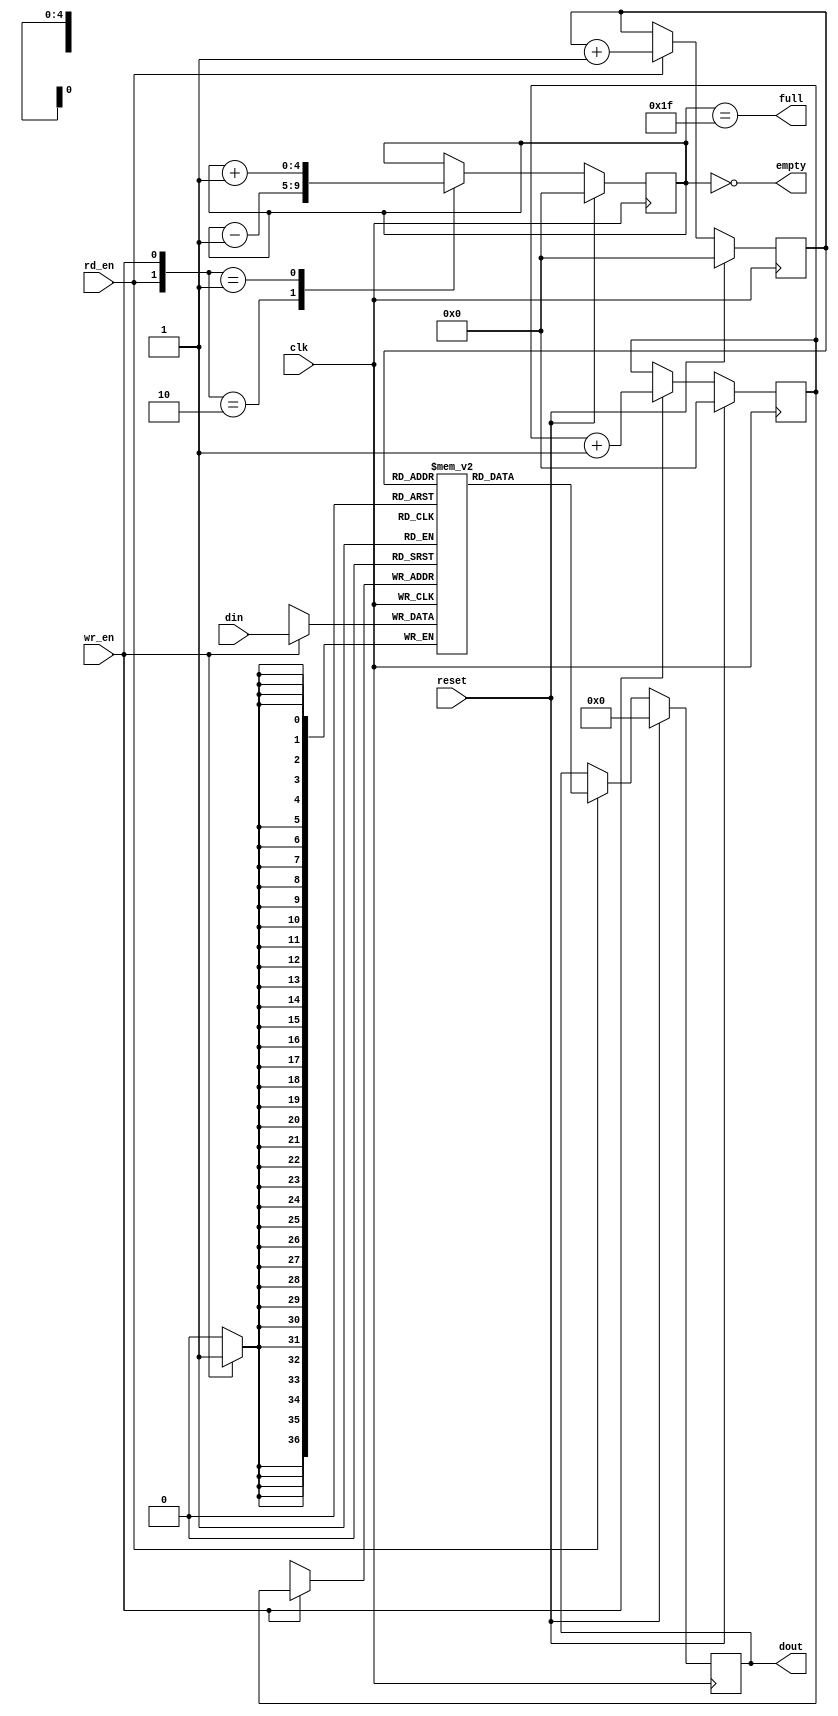
module sync_fifo
   #(
      parameter DATA_WIDTH = 37,
      parameter LOG2_DEPTH = 5 // i.e. fifo depth=2**LOG2_DEPTH
   )
   (
      input [DATA_WIDTH-1:0]  din,
      input wr_en,
      input rd_en,
      output reg [DATA_WIDTH-1:0] dout,
      output full,
      output empty,
      input clk,
      input reset
	  //output [LOG2_DEPTH-1 : 0] depth
   );

   parameter MAX_COUNT = 2**LOG2_DEPTH;
   reg   [LOG2_DEPTH-1 : 0]   rd_ptr;
   reg   [LOG2_DEPTH-1 : 0]   wr_ptr;
   reg   [DATA_WIDTH-1 : 0]   mem[MAX_COUNT-1 : 0];   //memory size: 2**LOG2_DEPTH
   reg   [LOG2_DEPTH-1 : 0]     depth_cnt;
   

   always @(posedge clk) begin
      if(reset) begin
         wr_ptr <= 'h0;
         rd_ptr <= 'h0;
      end // end if
      else begin
         if(wr_en)begin
            wr_ptr <= wr_ptr+1;
         end
         if(rd_en)
            rd_ptr <= rd_ptr+1;
      end //end else
   end//end always

   assign empty= (depth_cnt=='h0);
   assign full = (depth_cnt==MAX_COUNT-1);
   //assign depth = depth_cnt;

   //comment if you want a registered dout
   //assign dout = rd_en ? mem[rd_ptr]:'h0;
	//assign dout = mem[rd_ptr];
   always @(posedge clk) begin
      if (wr_en)
         mem[wr_ptr] <= din;
   end //end always

   //uncomment if you want a registered dout
   always @(posedge clk) begin
      if (reset)
         dout <= 'h0;
      else if (rd_en)
         dout <= mem[rd_ptr];
   end

   always @(posedge clk) begin
      if (reset)
         depth_cnt <= 'h0;
      else begin
         case({rd_en,wr_en})
            2'b10    :  depth_cnt <= depth_cnt-1;
            2'b01    :  depth_cnt <= depth_cnt+1;
         endcase
      end //end else
   end //end always

endmodule

/*
module sync_fifo
   #(
      parameter DATA_WIDTH = 37,
      parameter LOG2_DEPTH = 5 // i.e. fifo depth=2**LOG2_DEPTH
   )
   (
      input [DATA_WIDTH-1:0]  din,
      input wr_en,
      input rd_en,
      output reg [DATA_WIDTH-1:0] dout,
      output full,
      output empty,
      input clk,
      input reset
	  //output [LOG2_DEPTH-1 : 0] depth
   );

   parameter MAX_COUNT = 2**LOG2_DEPTH;
   reg   [LOG2_DEPTH-1 : 0]   rd_ptr;
   reg   [LOG2_DEPTH-1 : 0]   wr_ptr;
   reg   [DATA_WIDTH-1 : 0]   mem[MAX_COUNT-1 : 0];   //memory size: 2**LOG2_DEPTH
   reg   [LOG2_DEPTH-1 : 0]     depth_cnt;
   

   always @(clk) begin
      if(reset) begin
         wr_ptr <= 'h0;
         rd_ptr <= 'h0;
      end // end if
      else begin
         if(wr_en)begin
            wr_ptr <= wr_ptr+1;
         end
         if(rd_en)
            rd_ptr <= rd_ptr+1;
      end //end else
   end//end always

   assign empty= (depth_cnt=='h0);
   assign full = (depth_cnt==MAX_COUNT-1);
   //assign depth = depth_cnt;

   //comment if you want a registered dout
   //assign dout = rd_en ? mem[rd_ptr]:'h0;
	//assign dout = mem[rd_ptr];
   always @(clk) begin
      if (wr_en)
         mem[wr_ptr] <= din;
   end //end always

   //uncomment if you want a registered dout
   always @(clk) begin
      if (reset)
         dout <= 'h0;
      else if (rd_en)
         dout <= mem[rd_ptr];
   end

   always @(clk) begin
      if (reset)
         depth_cnt <= 'h0;
      else begin
         case({rd_en,wr_en})
            2'b10    :  depth_cnt <= depth_cnt-1;
            2'b01    :  depth_cnt <= depth_cnt+1;
         endcase
      end //end else
   end //end always

endmodule

*/